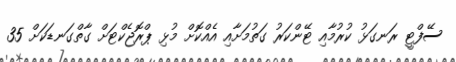
ސޭފްޓީ ރަނގަޅު ކުރުމާއި ޓޭންކަރު ގަތުމަށާއި އެއްކޮށް މުޅި ޕްރޮޖެކްޓަށް ގާތްގަނޑަކަށް 35